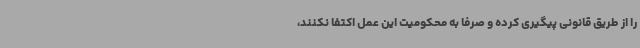
را از طریق قانونی پیگیری کرده و صرفاً به محکومیت این عمل اکتفا نکنند،